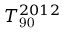
\ensuremath { T _ { \mathrm { 9 0 } } } ^ { 2 0 1 2 }